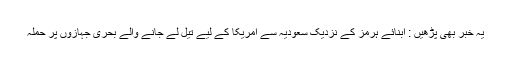
یہ خبر بھی پڑھیں : آبنائے ہرمز کے نزدیک سعودیہ سے امریکا کے لیے تیل لے جانے والے بحری جہازوں پر حملہ